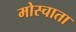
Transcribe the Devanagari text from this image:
मोस्चाता